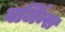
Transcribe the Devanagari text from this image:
वर्जिन्स